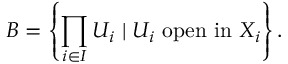
B = \left\{ \prod _ { i \in I } U _ { i } \mid U _ { i } { \mathrm { ~ o p e n ~ i n ~ } } X _ { i } \right\} .